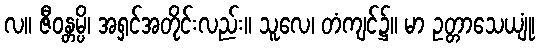
လ။ ဇီဝန္တမ္ပိ၊ အရှင်အတိုင်းလည်း။ သူလေ၊ တံကျင်၌။ မာ ဥတ္တာသေယျုံ၊